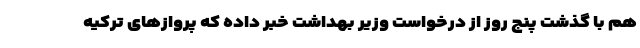
هم با گذشت پنج روز از درخواست وزیر بهداشت خبر داده که پروازهای ترکیه